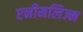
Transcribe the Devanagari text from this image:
एनीमलिज्म